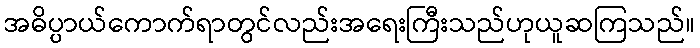
အဓိပ္ပာယ်ကောက်ရာတွင်လည်းအရေးကြီးသည်ဟုယူဆကြသည်။